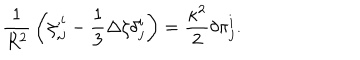
{ \frac { 1 } { R ^ { 2 } } } \left( \zeta _ { , j } ^ { , i } - { \frac { 1 } { 3 } } \Delta \zeta \delta _ { j } ^ { i } \right) = { \frac { \kappa ^ { 2 } } { 2 } } \delta \pi _ { j } ^ { i } .